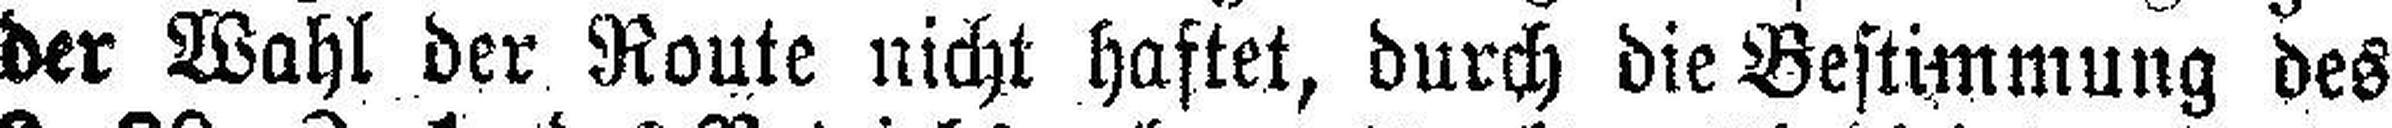
der Wahl der Route nicht haftet, durch die Bestimmung des